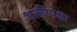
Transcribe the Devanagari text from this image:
भक्तीपेक्षा